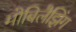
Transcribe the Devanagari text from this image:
मोबिलैझिंग